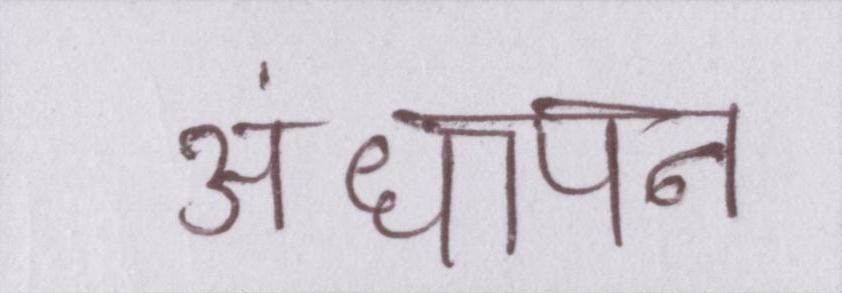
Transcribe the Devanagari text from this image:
अंधापन